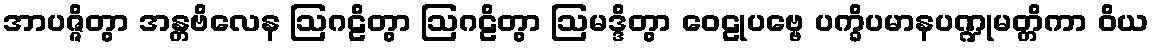
အာပဇ္ဇိတွာ အန္တဗိလေန ဩဂဠိတွာ ဩဂဠိတွာ ဩမဒ္ဒိတွာ ဝေဠုပဗ္ဗေ ပက္ခိပမာနပဏ္ဍုမတ္တိကာ ဝိယ